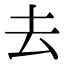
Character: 去